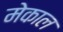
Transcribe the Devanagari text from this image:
मेकाल